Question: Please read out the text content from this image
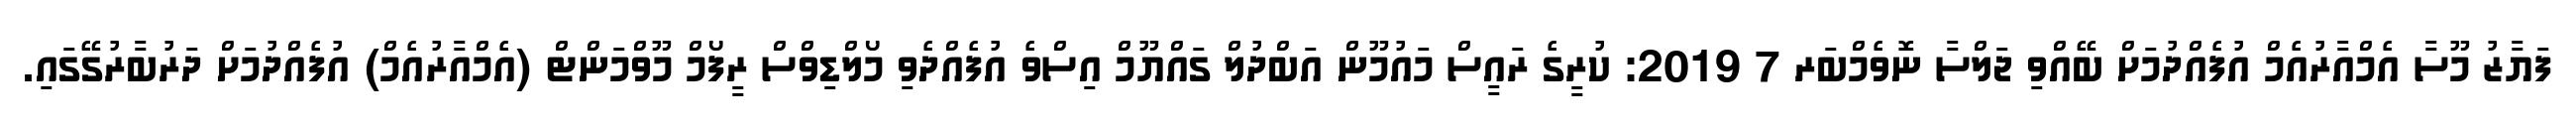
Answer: ފަޔާޒު މޫސާ އެމްއާރުއެމް އުފެއްދުމަށް ބޭއްވި ޖަލްސާ ނޮވެމްބަރ 7 2019: ކުރީގެ ރައީސް މައުމޫން އަބްދުލް ގައްޔޫމް އިސްވެ އުފެއްދެވި މޯލްޑިވްސް ރީފޯމް މޫވްމަންޓް (އެމްއާރުއެމް) އުފެއްދުމަށް ދަރުބާރުގޭގައި.